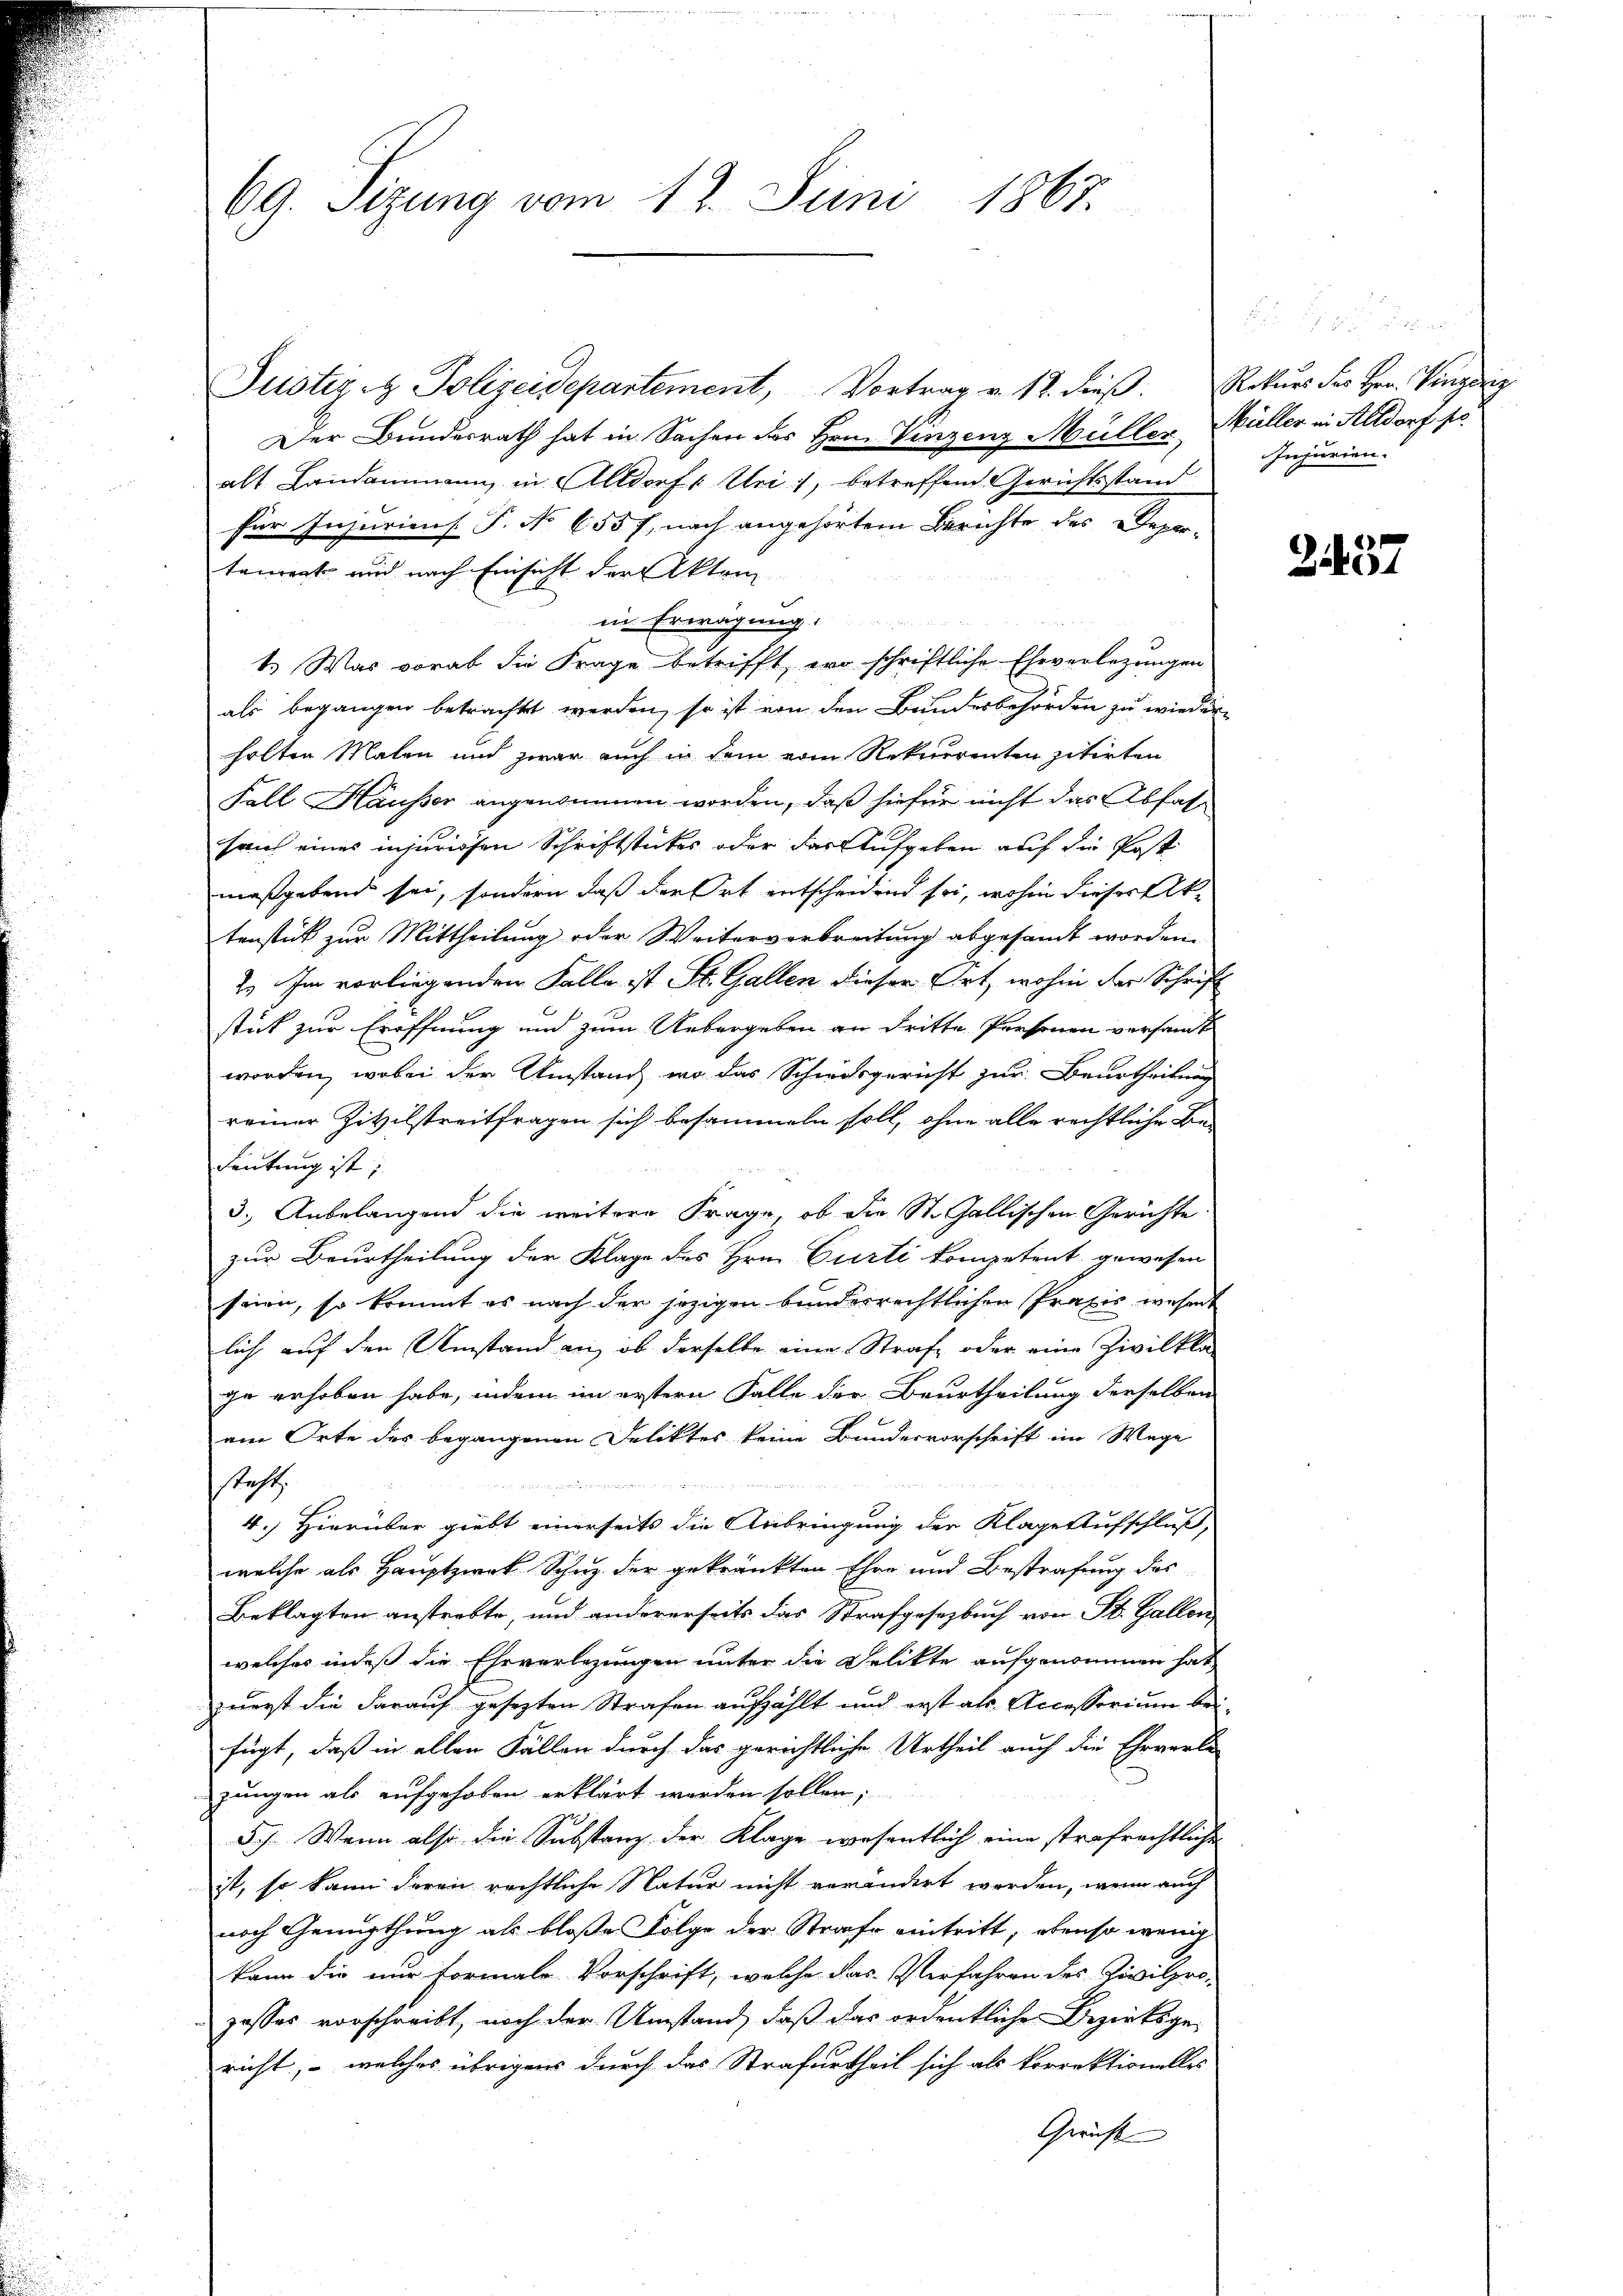
69. Sizung vom 12. Juni 1867.

Der Bundesrath hat in Sachen des Hrn. Vinzenz Müller Müller in Altdorf so
alt Landammann, in Altdorf, Uri, betreffend Gerichtsstand
für Injuriens. P. No 655 f. nach angehörtem Berichte des Depar-
in Erwägung.
1. Was vorab die Frage betrifft, wo schriftliche Eheverlegungen
2
als begangen betrachtet werden, so ist von den Bundesbehörden zu wieder-
holten Malen und zwar auch in dem vom Rekurrenten zitirten
Fall Häusser angenommen worden, daß hiefür nicht das Abfahsauf eines injurischen Schriftstückes oder das Aufgeben auf die Post
maßgebend sei, sondern daß der Ort entscheidend sei, wohin dieser Aktenstück zur Mittheilung oder Weiterverbreitung abgesandt worden.
2. Im vorliegenden Falle ist St. Gallen dieser Ort, wohin der Schrift
stück zur Eröffnung und zum Uebergeben an dritte Personen versamt
worden, wobei der Umstand, wo das Schwurgericht zur Beurtheilung
reiner Zivilstreitfragen sich besammeln soll, ohne alle rechtliche Bedeutung ist;
3.) Anbelangend die weitere Frage, ob die St. Gallischen Gerichte
zur Beurtheilung der Klage des Hrn. Curti kompetent gewesen
seien, so kommt es nach der jezigen bunderrechtlichen Praxis wesent
lich auf den Umstand an, ob derselbe eine Strafe oder eine Zivilkla-
ge erhoben habe, indem im erstern Falle der Beurtheilung derselben
am Orte des begangenen Deliktes keine Bundesvorschrift im Wege
steht,

4.) Hierüber giebt einerseits die Anbringung der Klage Aufschluß,
welche als Hauptzwek Schuz der gekränkten Ehen und Bestrafung des
Beklagten anstrebte, und andererseits das Strafgesezbuch von St. Gallen
welches indeß die Eheverlegungen unter die Delikte aufgenommen hat,
zwert die darauf gesezten Strafen aufzählt und erst als Accessorium beifügt, daß in allen Fällen durch das gerichtliche Urtheil auch die Ehrverle
zungen als aufgehoben erklärt worden sollen;
5). Wenn also die Substanz der Klage wesentlich eine strafrechtliche
ist, so kann deren rechtliche Natur nicht verändert werden, wenn auch
noch Genugthung als bloße Folge der Strafe eintritt, ebenso wenig
kann die nur Formale Vorschrift, welche das Verfahren des Zivilprozosses vorschreibt, noch der Umstand, daß das ordentlichen Bezirksgericht, – welches übrigens durch das Strafurtheil sich als Vorrektionelles
Gruft

tenrent und nach Einsicht der Akten

Jüster - Polizeidepartement, Vortrag v. 12. dieβ. Rekŭrs des Hrn. Vinzeig

a
Injurien.

2457